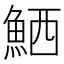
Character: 𫙘